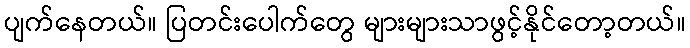
ပျက်နေတယ်။ ပြတင်းပေါက်တွေ များများသာဖွင့်နိုင်တော့တယ်။